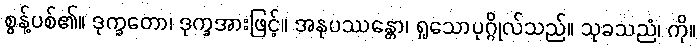
စွန့်ပစ်၏။ ဒုက္ခတော၊ ဒုက္ခအားဖြင့်။ အနုပဿန္တော၊ ရှုသောပုဂ္ဂိုလ်သည်။ သုခသညံ၊ ကို။